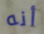
أنه